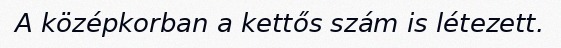
A középkorban a kettős szám is létezett.